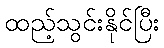
ထည့်သွင်းနိုင်ပြီး